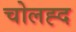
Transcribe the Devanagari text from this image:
चोलह्द